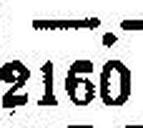
2160